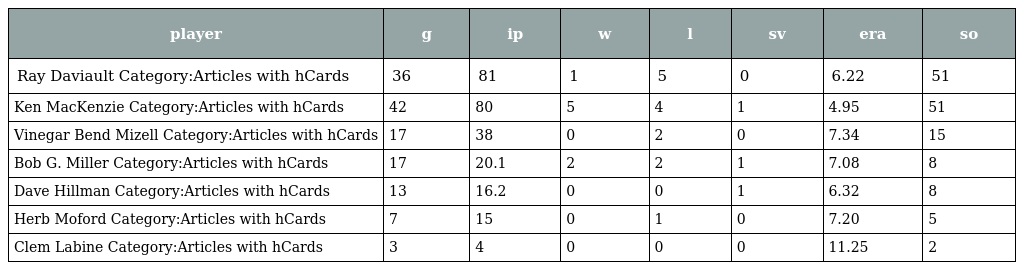
| player | g | ip | w | l | sv | era | so |
 | --- | --- | --- | --- | --- | --- | --- | --- |
 | Ray Daviault Category:Articles with hCards | 36 | 81 | 1 | 5 | 0 | 6.22 | 51 |
 | Ken MacKenzie Category:Articles with hCards | 42 | 80 | 5 | 4 | 1 | 4.95 | 51 |
 | Vinegar Bend Mizell Category:Articles with hCards | 17 | 38 | 0 | 2 | 0 | 7.34 | 15 |
 | Bob G. Miller Category:Articles with hCards | 17 | 20.1 | 2 | 2 | 1 | 7.08 | 8 |
 | Dave Hillman Category:Articles with hCards | 13 | 16.2 | 0 | 0 | 1 | 6.32 | 8 |
 | Herb Moford Category:Articles with hCards | 7 | 15 | 0 | 1 | 0 | 7.20 | 5 |
 | Clem Labine Category:Articles with hCards | 3 | 4 | 0 | 0 | 0 | 11.25 | 2 |